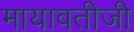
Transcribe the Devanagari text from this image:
मायावतीजी